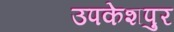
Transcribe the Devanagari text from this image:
उपकेशपुर